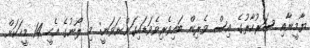
ޔާމީނާއި ސަރުކާރުގެ އިސް ވެރިން ބައިވެރިވެވަޑައިގަންނަވަނީ: މި ލޯނުގެ އެހީ 14 މީހަކަށް